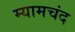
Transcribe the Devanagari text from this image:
म्यामचंद